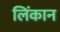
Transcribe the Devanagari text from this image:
लिंकान